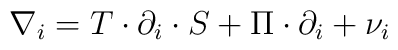
\nabla_{i} = T\cdot \partial_{i}\cdot S + \Pi\cdot \partial_{i}  + \nu_{i}